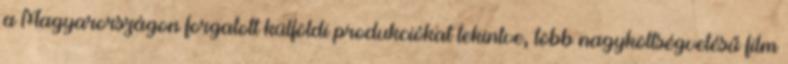
a Magyarországon forgatott külföldi produkciókat tekintve, több nagyköltségvetésű film